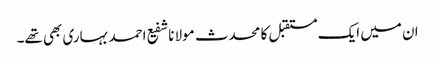
ان میں ایک مستقبل کا محدث مولانا شفیع احمد بہاری بھی تھے۔